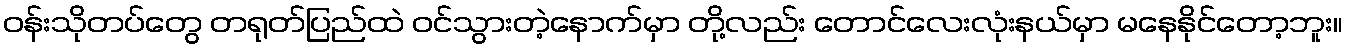
ဝန်းသိုတပ်တွေ တရုတ်ပြည်ထဲ ဝင်သွားတဲ့နောက်မှာ တို့လည်း တောင်လေးလုံးနယ်မှာ မနေနိုင်တော့ဘူး။